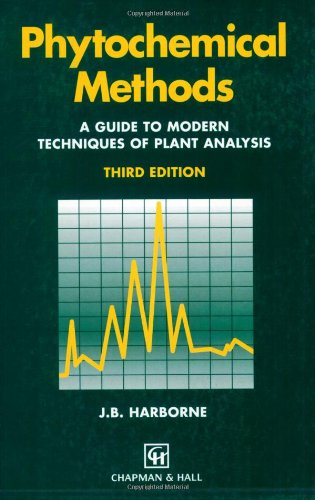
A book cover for Phytochemical Methods A Guide to Modern Techniques of Plant Analysis; A.J. Harborne; Health, Fitness & Dieting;